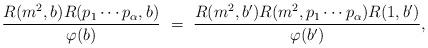
LaTeX: \begin{align*} \frac{R(m^2, b) R(p_1\cdots p_{\alpha}, b)} {\varphi(b)}\ &= \ \frac{R(m^2, b')R(m^2, p_1\cdots p_\alpha)R(1, b')}{\varphi(b')},\end{align*}